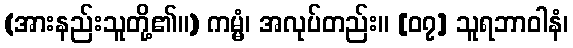
(အားနည်းသူတို့၏။) ကမ္မံ၊ အလုပ်တည်း။ [၀၇] သူရဘာဝါနံ၊